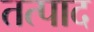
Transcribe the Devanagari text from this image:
तत्पाद